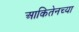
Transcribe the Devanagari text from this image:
आकितेनच्या